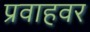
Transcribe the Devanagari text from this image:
प्रवाहवर